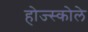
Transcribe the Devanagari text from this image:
होज्स्कोले